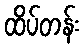
ထိပ်တန်း